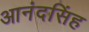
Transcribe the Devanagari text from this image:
आनंदसिंह